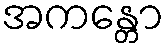
အကန္တော